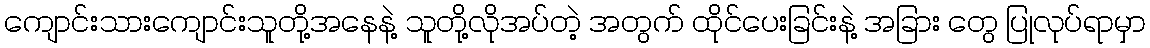
ကျောင်းသားကျောင်းသူတို့အနေနဲ့ သူတို့လိုအပ်တဲ့ အတွက် ထိုင်ပေးခြင်းနဲ့ အခြား တွေ ပြုလုပ်ရာမှာ